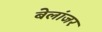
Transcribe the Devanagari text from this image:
बेलांजर